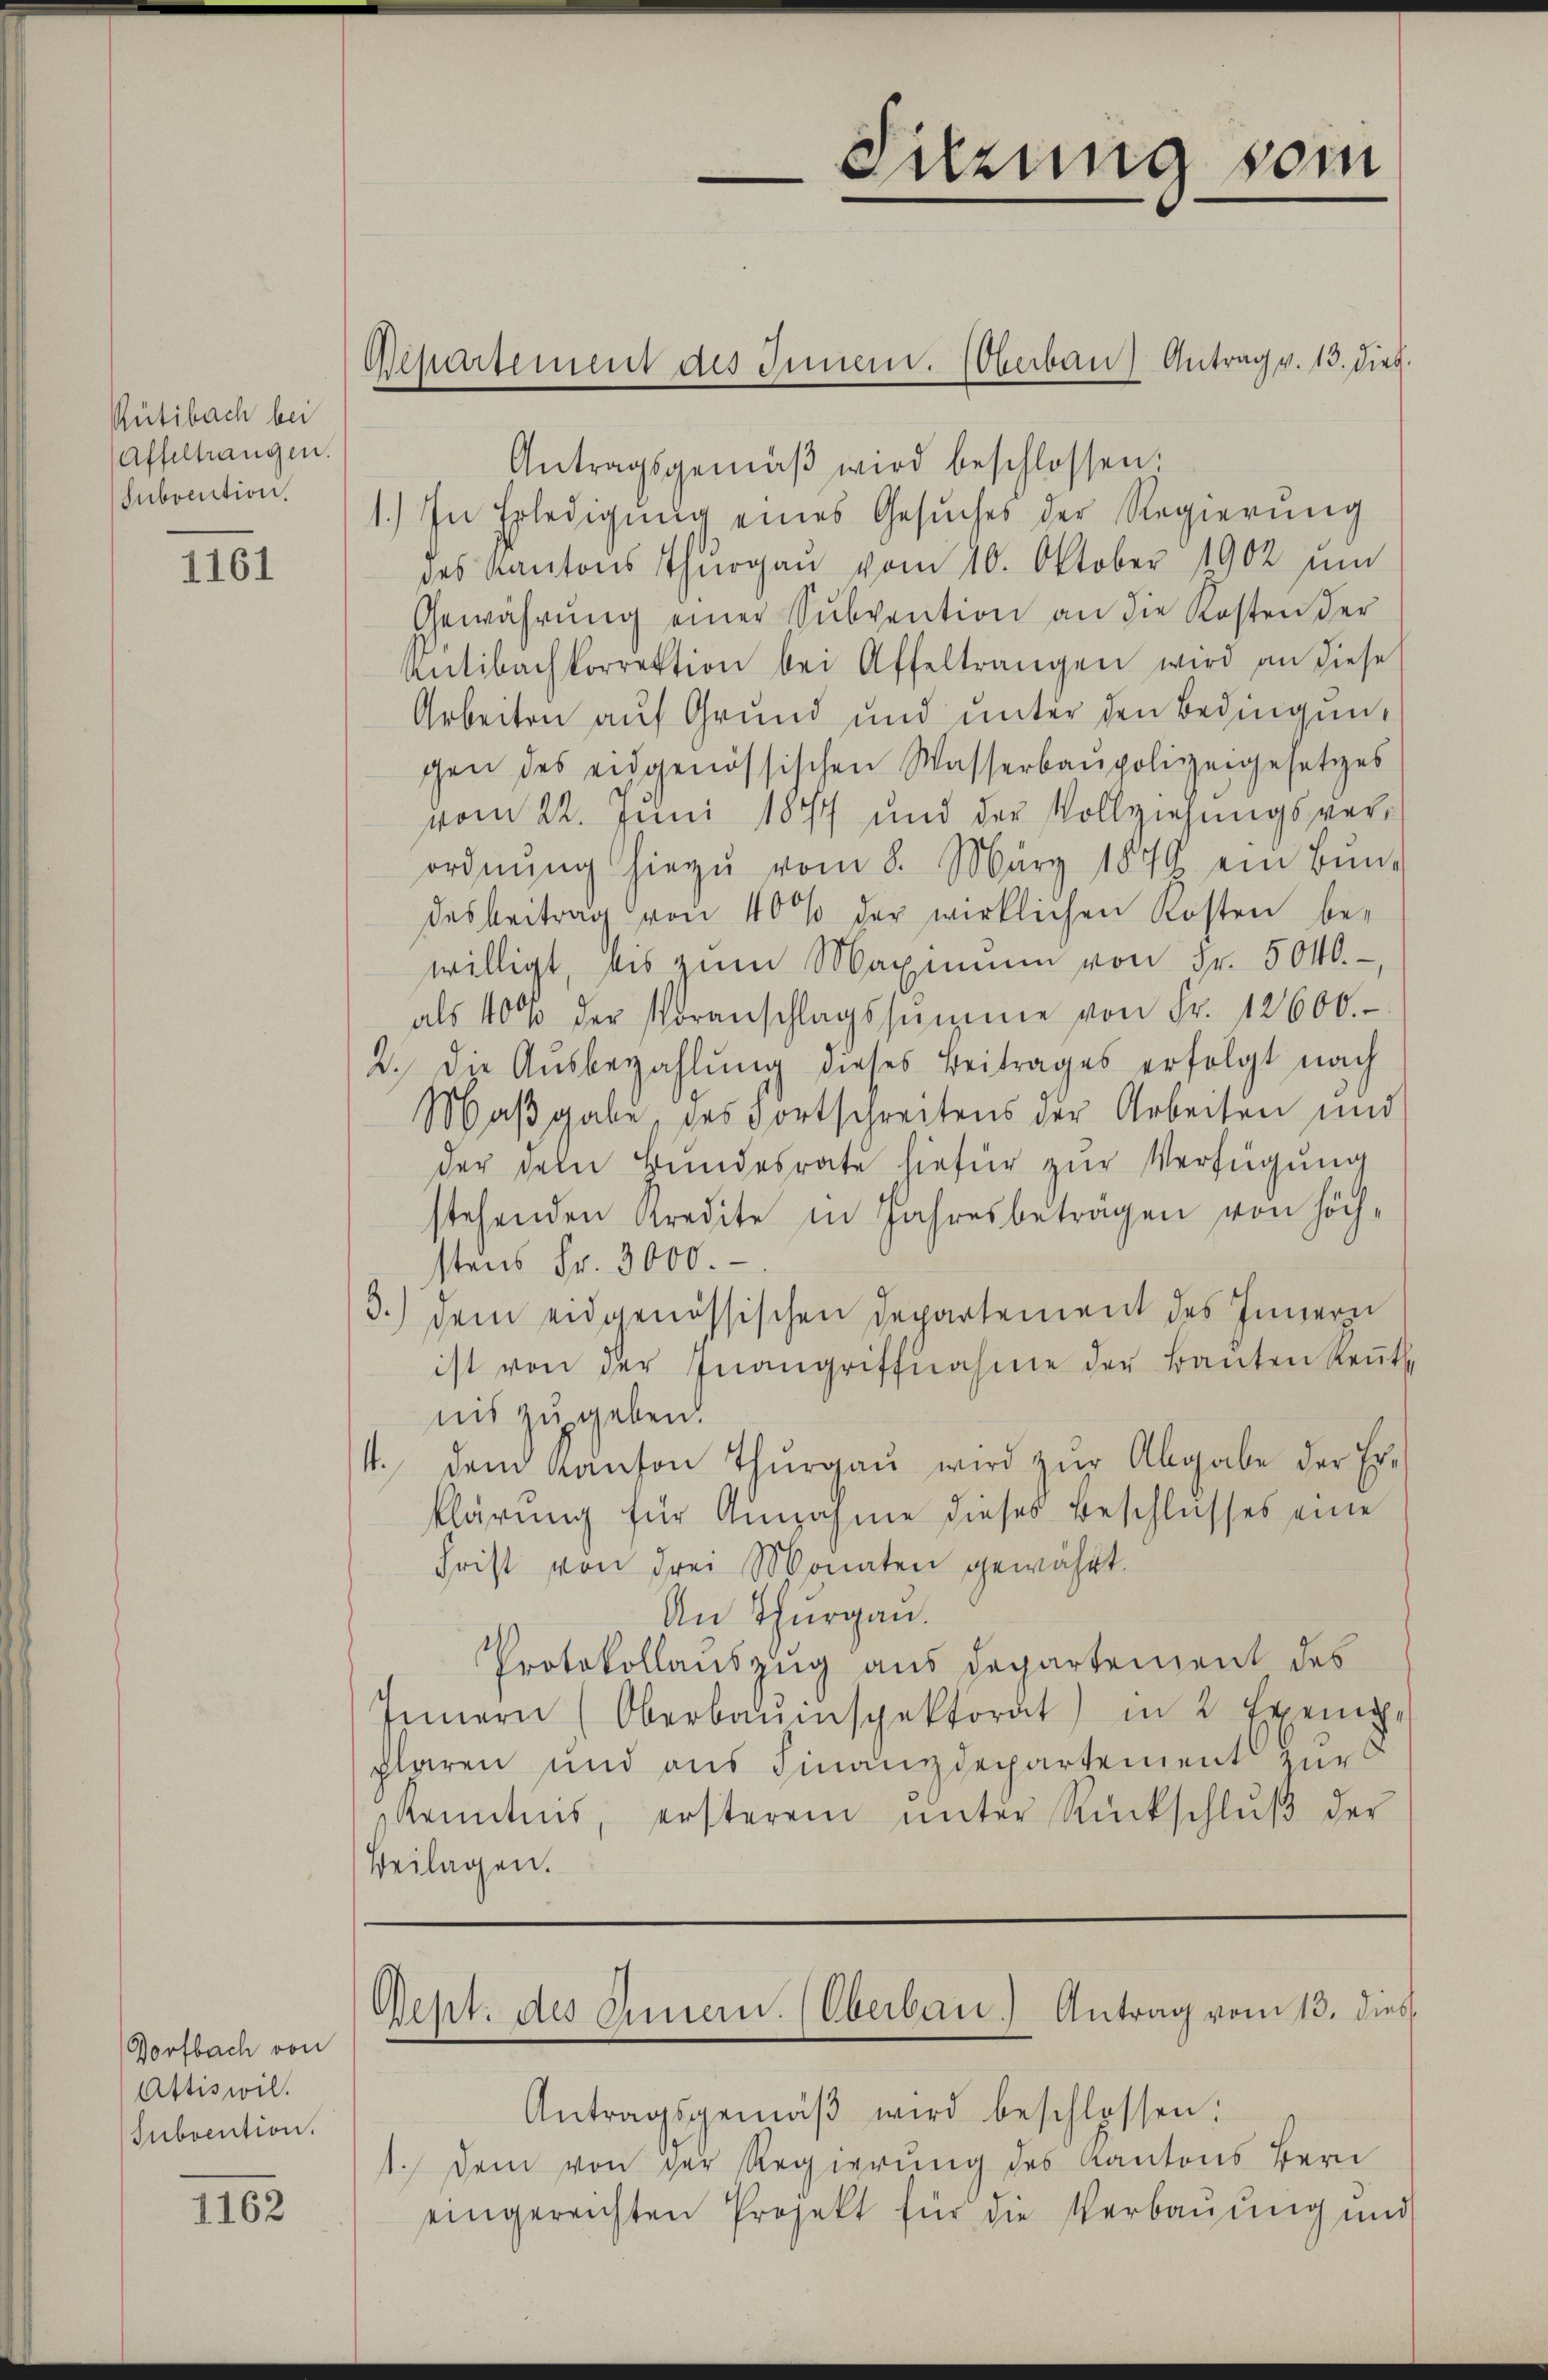
Rütibach bei
Affeltrangen.
(Subvention.

1161

Dorfbach von
Attiswil.
Subvention.

1162

Antragsgemäβ wird beschlossen.
1.) In Erledigŭng eines Gesŭches der Regierŭng
des Kantons Thurgau vom 10. Oktober 1902 und
Gewährŭng einer Subvention an die Kosten der
Antibachkorrektion bei Affeltrangen wird an diese
Arbeiten auf Grund und unter den Bedingung
gen des eidgenössischen Wasserbaupolizeigesetzes
vom 22. Juni 1847 und der Vollziehungsverordnŭng hiezŭ vom 8. März 1879 ein Bŭnd
desbeitrag von 40% der wirklichen Kosten be-
willigt, es zum Magmann von Fr. 5040.
als 40% der Voranschlagssumme von Fr. 12600.
2. die Aŭsbezahlŭng dieses Beitrages erfolgt nach
Maßgabe des Fortschreitens der Arbeiten und
der dem Bundesrate hiefür zur Verfügung
stehenden Kredite in Jahresbeträgen von höch-
stens Fr. 3000.
3.) dem eidgenössischen Departement des Innern
ist von der Inangriffnahme der Banten Reṅt.
nis zu geben.
11. dem Kanton Thŭrgaŭ wird zŭr Abgabe der Er-
klärung für Annahme dieses Beschlusses eine
Frist von drei Monaten gewährt.
An Thurgau.
Protokollauszug aus Departement des
Innern (Oberbauinspektorat) in 2 Exempklaren und aus Finanzdepartement zur
Kenntnis, ersterem ŭnter Rückschlŭβ der
Beilagen.

Repartement des Innen. (Oberbau) Antrag v. 13. Dieb.

Sitzung vom

West. des Innern. (Oberbau.) Antrag vom 13. dies

Antragsgemäβ wird beschlossen:
1. Dem von der Regierung des Kantons Ber
eingereichten Projekt für die Verbaŭŭng und